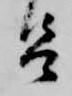
呂